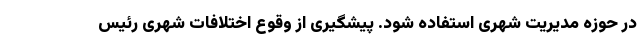
در حوزه مدیریت شهری استفاده شود. پیشگیری از وقوع اختلافات شهری رئیس